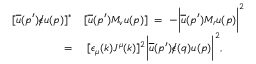
\begin{array} { r l } { { [ \overline { { u } } ( p ^ { \prime } ) \epsilon \! \! \! \slash u ( p ) ] ^ { * } } } & { { [ \overline { { u } } ( p ^ { \prime } ) M _ { v } u ( p ) ] \; = \; - \biggl | \overline { { u } } ( p ^ { \prime } ) M _ { r } u ( p ) \biggr | ^ { 2 } } } \\ { { \; = } } & { { \; [ \epsilon _ { \mu } ( k ) J ^ { \mu } ( k ) ] ^ { 2 } \biggl | \overline { { u } } ( p ^ { \prime } ) \epsilon \! \! \! \slash ( q ) u ( p ) \biggr | ^ { 2 } , } } \end{array}